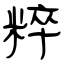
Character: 粹